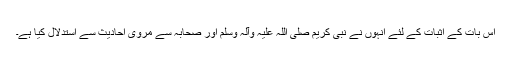
اس بات کے اثبات کے لئے انہوں نے نبی کریم صلی اللہ علیہ وآلہ وسلم اور صحابہ سے مروی احادیث سے استدلال کیا ہے۔